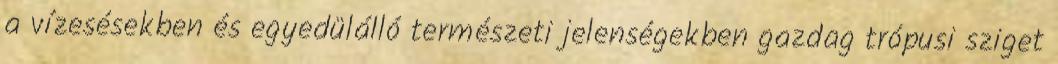
a vízesésekben és egyedülálló természeti jelenségekben gazdag trópusi sziget